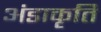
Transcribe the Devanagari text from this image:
अंडाकृति